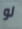
لو